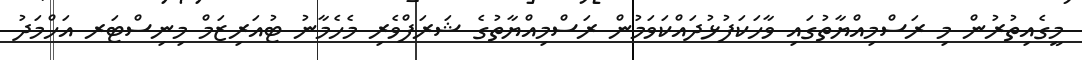
މީގެއިތުރުން މި ރަސްމިއްޔާތުގައި ވާހަކަފުޅުދައްކަވަމުން ރަސްމިއްްޔާތުގެ ޝަރަފްވެރި މެހެމާނު ޓުއަރިޒަމް މިނިސްޓަރ އަހްމަދު